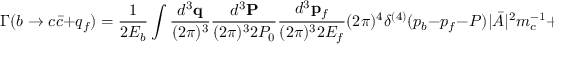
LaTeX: \Gamma ( b \rightarrow c \bar { c } + q _ { f } ) = \frac { 1 } { 2 E _ { b } } \int \frac { d ^ { 3 } { \bf q } } { ( 2 \pi ) ^ { 3 } } \frac { d ^ { 3 } { \bf P } } { ( 2 \pi ) ^ { 3 } 2 P _ { 0 } } \frac { d ^ { 3 } { \bf p } _ { f } } { ( 2 \pi ) ^ { 3 } 2 E _ { f } } ( 2 \pi ) ^ { 4 } \delta ^ { ( 4 ) } ( p _ { b } - p _ { f } - P ) | \bar { \cal A } | ^ { 2 } m _ { c } ^ { - 1 } + \ldots \, \, ,